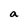
Character: a